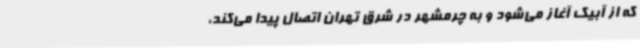
که از آبیک آغاز می‌شود و به چرمشهر در شرق تهران اتصال پیدا می‌کند،